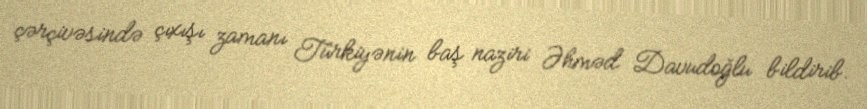
çərçivəsində çıxışı zamanı Türkiyənin baş naziri Əhməd Davudoğlu bildirib.